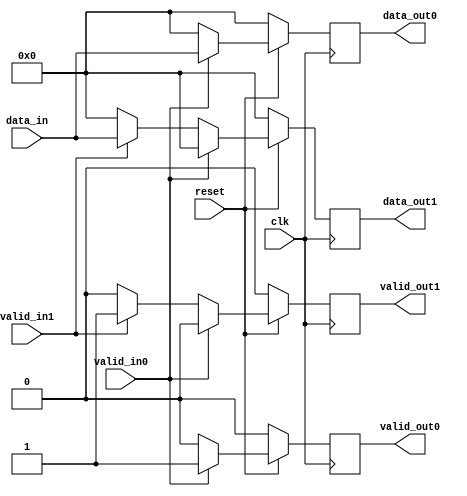
module demux_dest#(parameter BITNUMBER=5)
		(input clk,
		input reset,
		//input selector,
		input [BITNUMBER-1:0] data_in,
		input valid_in0,
		input valid_in1,
		output reg valid_out0,
		output reg valid_out1,
		output reg [BITNUMBER-1:0] data_out0,
		output reg [BITNUMBER-1:0] data_out1);

    reg [BITNUMBER-1:0] data_holdValue0;
    reg [BITNUMBER-1:0] data_holdValue1;
    reg valid_holdValue0;
    reg valid_holdValue1;
    
     always @(*) begin
    	if(valid_in0==1) begin
    	     data_holdValue0 = data_in;
            data_holdValue1 = 0;
            valid_holdValue0 = valid_in0;
            valid_holdValue1 = 0;
    	end else begin
    	//If valid_in0==0
    		if(valid_in1==1) begin
    			data_holdValue0 = 0;
            		data_holdValue1 = data_in;
            		valid_holdValue0 = 0;
            		valid_holdValue1 = valid_in1;
    		end else begin
    		//If valid_in1==0
    			 data_holdValue0= 0;
            		data_holdValue1 = 0;
            		valid_holdValue0 = 0;
            		valid_holdValue1= 0;
    		end
    	end
    	
    end


    always @(posedge clk) begin
    	if(~reset) begin 
    	     data_out0 <= 0;
            data_out1 <= 0;
            valid_out0 <= 0;
            valid_out1 <= 0;
    	end else begin
    	//If reset==1
    		data_out0 <= data_holdValue0;
            data_out1 <= data_holdValue1;
            valid_out0 <= valid_holdValue0;
            valid_out1 <= valid_holdValue1;
    	end
    end
    
    
endmodule